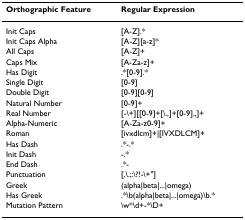
| Orthographic Feature | Regular Expression |
 | --- | --- |
 | Init Caps | [A-Z].* |
 | Init Caps Alpha | [A-Z][a-z]* |
 | All Caps | [A-Z]+ |
 | Caps Mix | [A-Za-z]+ |
 | Has Digit | .*[0-9].* |
 | Single Digit | [0-9] |
 | Double Digit | [0-9][0-9] |
 | Natural Number | [0-9]+ |
 | Real Number | [-\+][[0-9]+[\.,]+[0-9].,]+ |
 | Alpha-Numeric | [A-Za-z0-9]+ |
 | Roman | [ivxdlcm]+|[IVXDLCM]+ |
 | Has Dash | .*-.* |
 | Init Dash | -.* |
 | End Dash | .*- |
 | Punctuation | [,\.;:\?!-\+"] |
 | Greek | (alpha|beta|...|omega) |
 | Has Greek | .*\b(alpha|beta|...|omega)\b.* |
 | Mutation Pattern | \w*\d+-*\D+ |